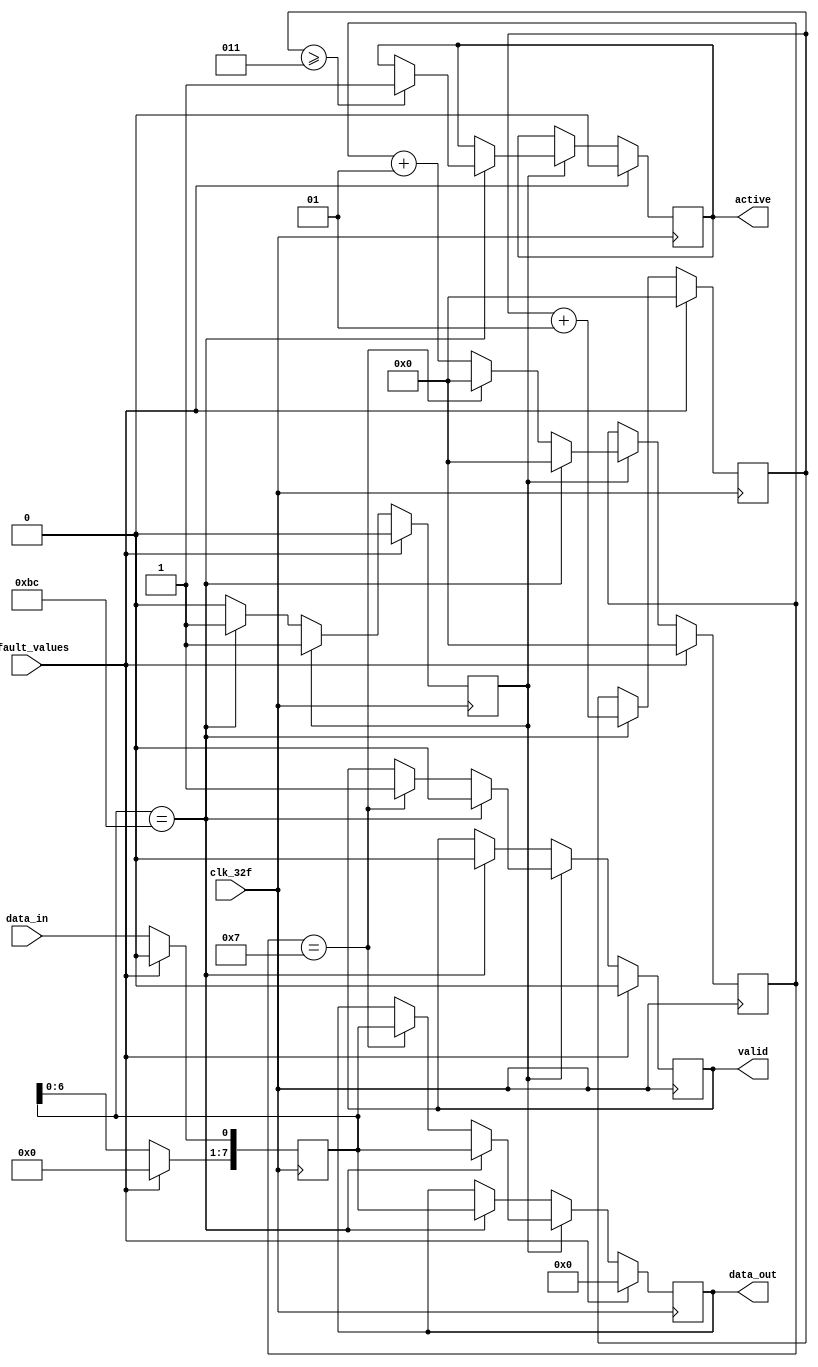
module Serial_Paralelo_phy_rx_cond (	input clk_32f,
					input 		 data_in,
					input 		 default_values,
					output reg 	 active,
					output reg 	 valid,
					output reg [7:0] data_out
					);
   
   reg [7:0] 						 buffer;
   reg 							 BC_flag;
   integer 						 BC_counter;
   integer 						 data_bits_counter;
   
   //default values
   //data_bits_counter <= 0;
   //BC_counter <= 0;
   //BC_flag <= 0;
   //buffer <= 0;
   
   always @ (posedge clk_32f) begin
      if (default_values == 1) begin
	 data_bits_counter <= 0;
	 BC_counter <= 0;
	 BC_flag <= 0;
	 buffer <= 0;
	 active <= 0;
	 valid <= 0;
	 data_out <= 0;
      end
      else begin
	 buffer <= buffer << 1;
	 buffer[0] <= data_in;
	 if (BC_flag == 0) begin
	    if (buffer == 8'hBC) begin
	       valid <= 0;
	       BC_counter <= BC_counter + 1;
	       data_out <= buffer;
	       BC_flag <= 1;
	    end
	 end
	 else begin
	    data_bits_counter <= data_bits_counter + 1;
	    if (buffer == 8'hBC) begin
	       valid <= 0;
	       data_bits_counter <= 0;
	       BC_counter <= BC_counter + 1;
	       data_out <= buffer;
	       if (BC_counter >= 3) begin
		  active <= 1;
	       end
	    end
	    else if (data_bits_counter == 7) begin
	       data_bits_counter <= 0;
	       data_out <= buffer;
	       valid <= 1;
	       //end
	    end
	 end
      end
   end
   
endmodule